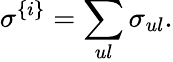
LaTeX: \sigma^{\{ i\} }=\sum_{ul}\sigma_{ul}.